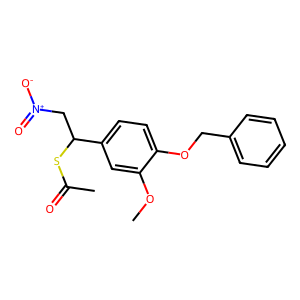
SMILES: COc1cc(C(C[N+](=O)[O-])SC(C)=O)ccc1OCc1ccccc1
Inhibits HIV replication: No